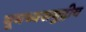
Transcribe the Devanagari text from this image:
भूमध्यसमुद्रीय